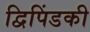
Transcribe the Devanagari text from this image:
द्विपिंडकी